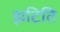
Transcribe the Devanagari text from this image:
झटिति